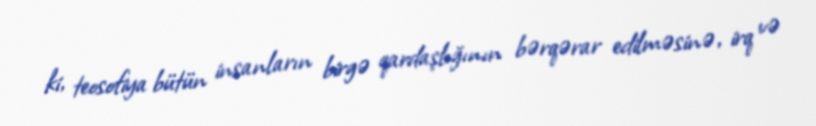
ki, teosofiya bütün insanların birgə qardaşlığının bərqərar edilməsinə, irq və